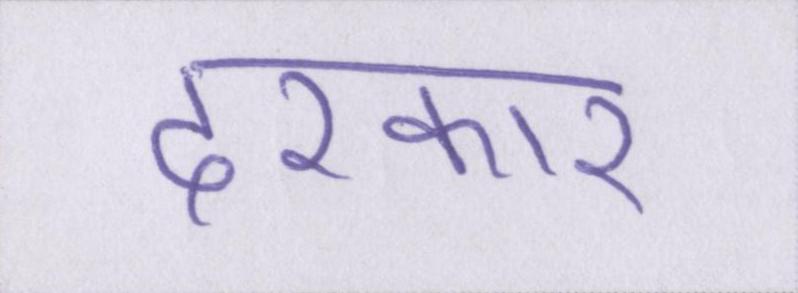
दरकार